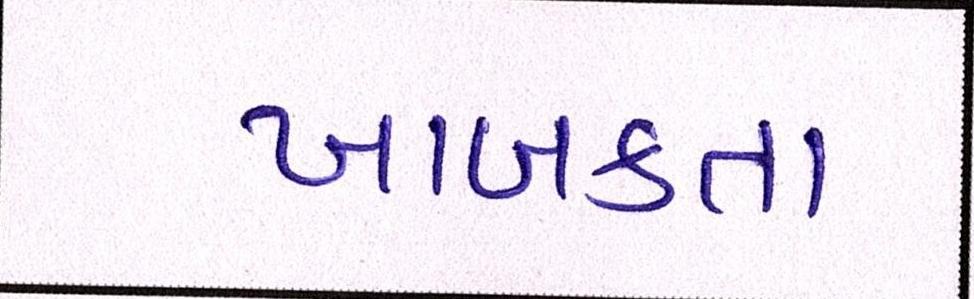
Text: ખાબકતા